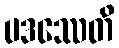
ပဒဿေတိ